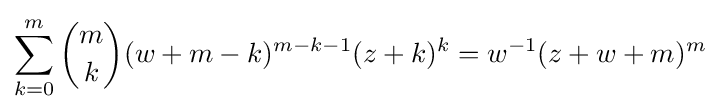
\sum _{k=0}^{m}{\binom {m}{k}}(w+m-k)^{m-k-1}(z+k)^{k}=w^{-1}(z+w+m)^{m}